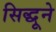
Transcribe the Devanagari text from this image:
सिद्धूने